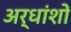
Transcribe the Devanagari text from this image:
अर्धांशों